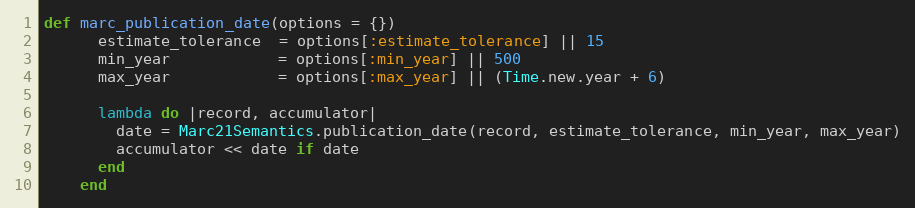
Language: Ruby
def marc_publication_date(options = {})
      estimate_tolerance  = options[:estimate_tolerance] || 15
      min_year            = options[:min_year] || 500
      max_year            = options[:max_year] || (Time.new.year + 6)

      lambda do |record, accumulator|
        date = Marc21Semantics.publication_date(record, estimate_tolerance, min_year, max_year)
        accumulator << date if date
      end
    end